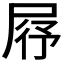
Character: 𡱣